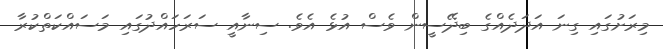
މިރަށުގައި ގިނަ އަދަދެއްގެ ބިދޭސީން ވެސް އުޅެ އެވެ. ސިނާއީ ސަރަހައްދުގައި މަސައްކަތްކުރާ